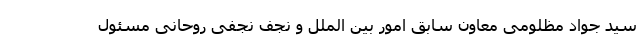
سید جواد مظلومی معاون سابق امور بین الملل و نجف نجفی روحانی مسئول